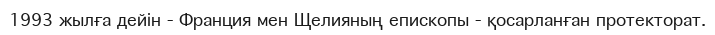
1993 жылға дейін - Франция мен Щелияның епископы - қосарланған протекторат.